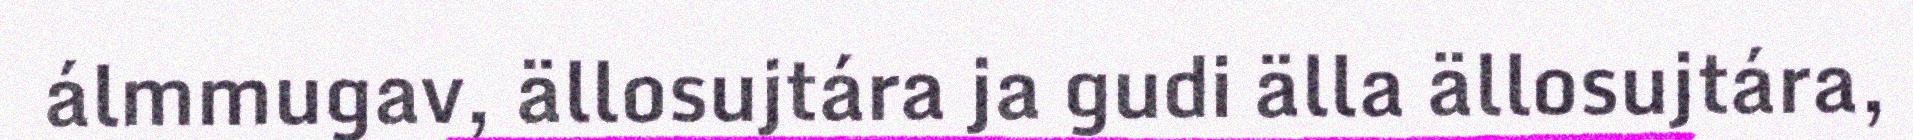
álmmugav, ällosujtára ja gudi älla ällosujtára,